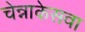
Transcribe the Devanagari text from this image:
चेन्नाकेसवा